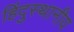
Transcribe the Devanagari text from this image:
हिंदुस्थानीय